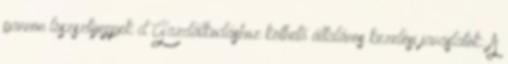
pannon löszsztyeppek d Gazdálkodáshoz köthető általános kezelési javaslatok: A